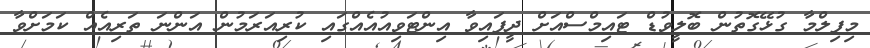
މިފިލްމާ ގުޅޭގޮތުން ބޮލީވުޑް ޓައިމްސްއަށް ދީފައިވާ އިންޓަވިއުއެއްގައި ކުރިއަރަމުން އަންނަ ތަރިއެއް ކަމަށްވާ